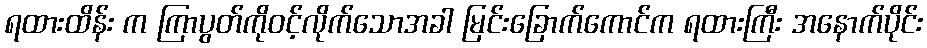
ရထားထိန်း က ကြာပွတ်ကိုဝင့်လိုက်သောအခါ မြင်းခြောက်ကောင်က ရထားကြီး အနောက်ပိုင်း